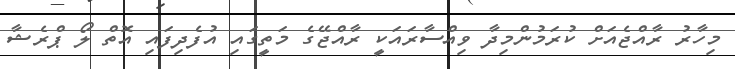
މިހާރު ރާއްޖެއަށް ކުރަމުންމިދާ ވިއްސާރައަކީ ރާއްޖޭގެ މަތީގައި އުފެދިފައި އޮތް ލޯ ޕްރެޝާ